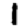
Digit: 1